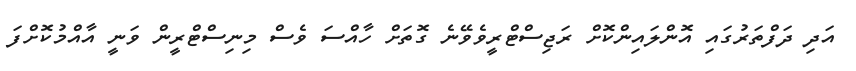
އަދި ދަފްތަރުގައި އޮންލައިންކޮށް ރަޖިސްޓްރީވެވޭނެ ގޮތަށް ހާއްސަ ވެސް މިނިސްޓްރީން ވަނީ އާއްމުކޮށްފަ